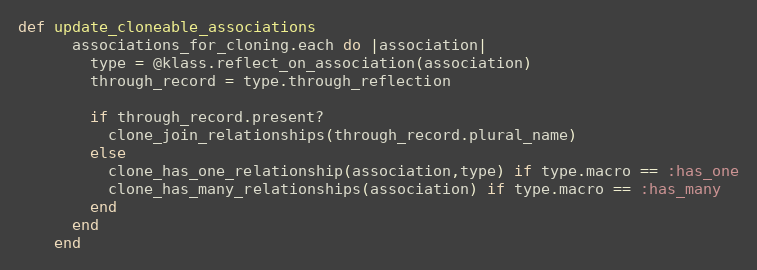
Language: Ruby
def update_cloneable_associations
      associations_for_cloning.each do |association|
        type = @klass.reflect_on_association(association)
        through_record = type.through_reflection

        if through_record.present?
          clone_join_relationships(through_record.plural_name)
        else
          clone_has_one_relationship(association,type) if type.macro == :has_one
          clone_has_many_relationships(association) if type.macro == :has_many
        end
      end
    end